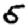
Digit: 5